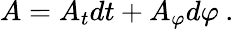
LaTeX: A=A_{t}dt+A_{\varphi}d{\varphi}\: .